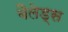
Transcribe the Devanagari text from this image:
बैलेड्स